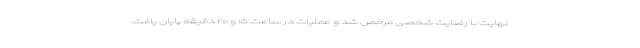
نهایت با رضایت شخصی مرخص شد و عملیات در ساعت ۱۵ و ۲۰ دقیقه پایان یافت.